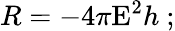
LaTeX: R=-4\pi\mathrm{E}^{2}h\ ;